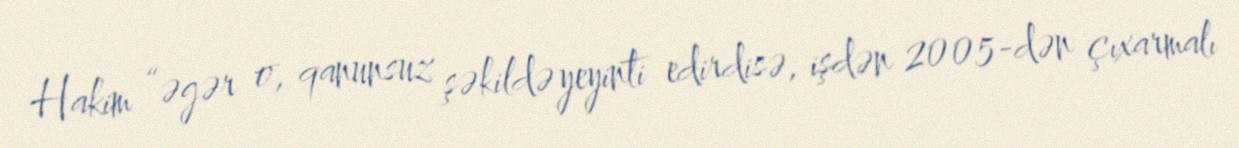
Hakim “əgər o, qanunsuz şəkildə yeyinti edirdisə, işdən 2005-dən çıxarmalı